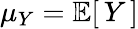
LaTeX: \mu_{Y}=\operatorname{\mathbb{E}}[\, Y\, ]